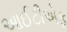
આઈટીએફ